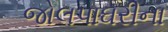
જોલપાઘરીના